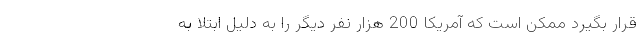
قرار بگیرد ممکن است که آمریکا 200 هزار نفر دیگر را به دلیل ابتلا به